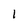
Character: 1